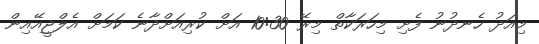
މިއަދު ހެނދުނު ފެށި މިހަރަކާތް މިރޭ 10:30 އަށް ކުރިއަށްދާނެ ކަމަށް އެލްޖީއޭއިން